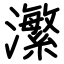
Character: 瀿